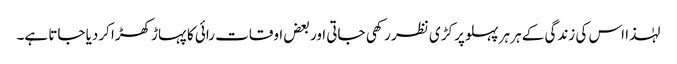
لہٰذا اس کی زندگی کے ہر ہر پہلو پر کڑی نظر رکھی جاتی اور بعض اوقات رائی کا پہاڑ کھڑا کردیا جاتا ہے۔